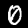
Digit: 0